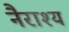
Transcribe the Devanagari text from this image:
नैराश्‍य